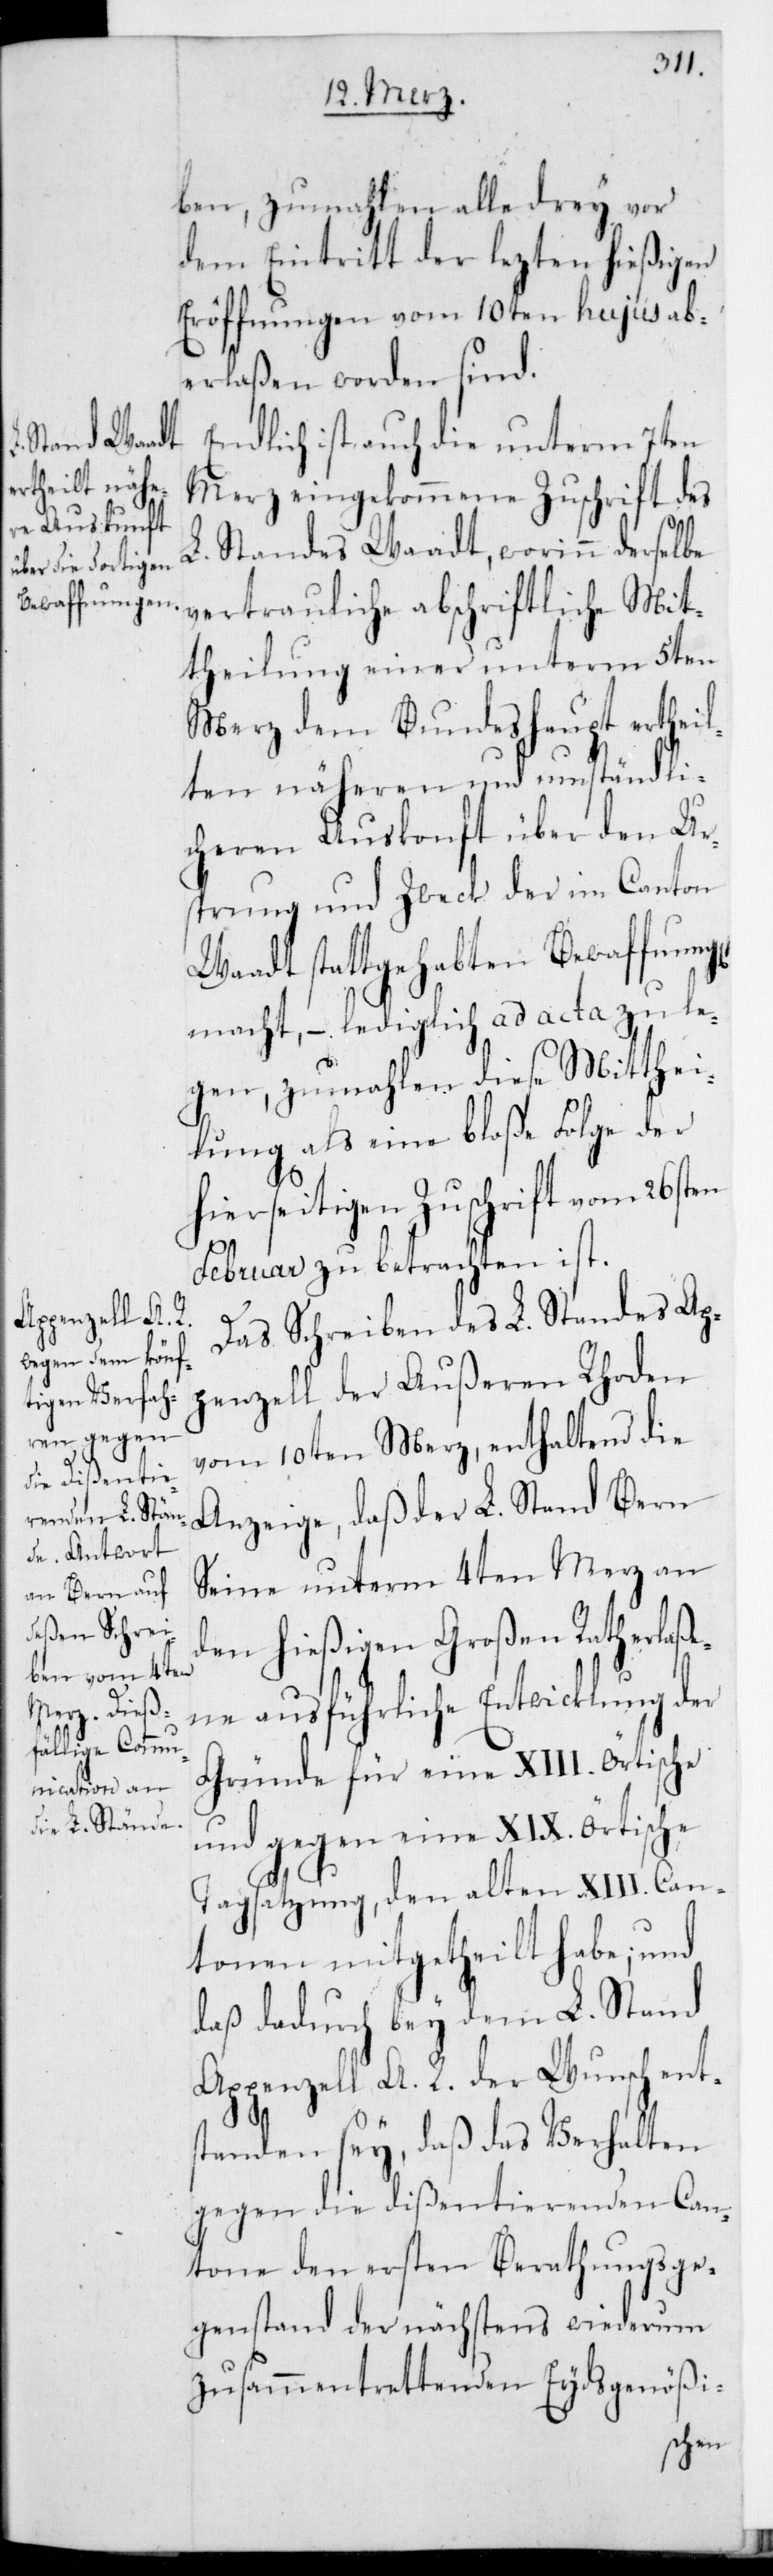
ben, zumahlen alle drey vor
dem Eintritt der lezten hießigen
Eröffnungen vom 10ten hujus ab¬
erlaßen worden sind.
Endlich ist auch die unterm 7ten
Merz eingekommene Zuschrift des
L. Standes Waadt, worinn derselbe
vertrauliche abschriftliche Mit¬
theilung einer unterm 5ten
Merz dem Bundeshaupt erthei¬
lten näheren und umständli¬
chen Auskonft über den Ur¬
sprung und Zweck der im Canton
Waadt stattgehabten Bewaffnung
macht, – lediglich ad acta zu le¬
gen, zumahlen diese Mitthei¬
lung als eine bloße Folge der
hierseitigen Zuschrift vom 26sten
Februar zu betrachten ist.
Das Schreiben des L. Standes Ap¬
penzell der Außeren Rhoden
vom 10ten Merz, enthaltend die
Anzeige, daß der L. Stand Bern
seine unterm 4ten Merz an
den hießigen Großen Rath erlaße¬
ne ausführliche Entwicklung der
Gründe für eine XIII. örtische
und gegen eine XIX. örtische
Tagsatzung, den Alten XIII. Can¬
tonen mitgetheilt habe; und
daß dadurch bey dem L. Stand
Appenzell A. R. der Wunsch ent¬
standen sey, daß das Verhalten
gegen die dißentierenden Can¬
tone den ersten Berathungsge¬
genstand der nächstens wiederum
zusammentrettenden Eydsgenößi-